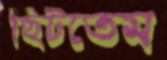
ছিটতেম